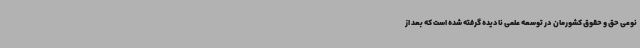
نوعی حق و حقوق کشورمان در توسعه علمی نادیده گرفته شده است که بعد از